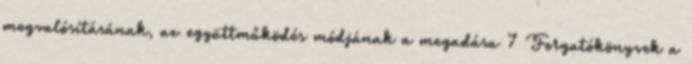
megvalósításának, az együttműködés módjának a megadása 7 Forgatókönyvek a